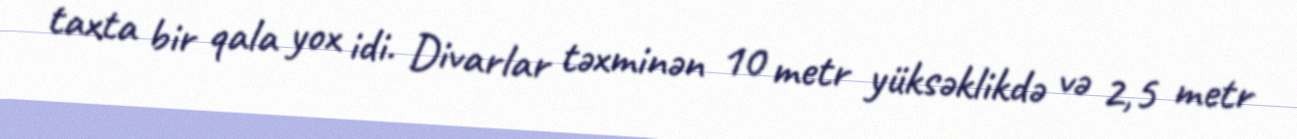
taxta bir qala yox idi. Divarlar təxminən 10 metr yüksəklikdə və 2,5 metr